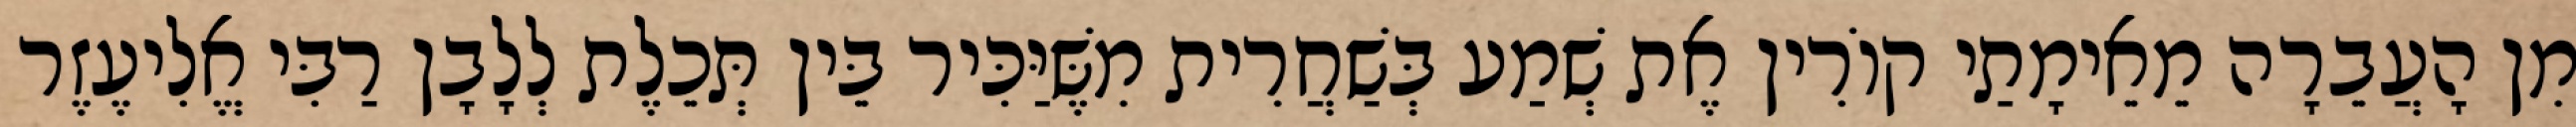
מִן הָעֲבֵרָה מֵאֵימָתַי קוֹרִין אֶת שְׁמַע בְּשַׁחֲרִית מִשֶּׁיַּכִּיר בֵּין תְּכֵלֶת לְלָבָן רַבִּי אֱלִיעֶזֶר